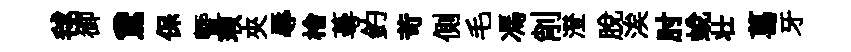
毬御鵞保曁瑕夾辱檜蕚釣苛側毛馮削澄脱涘肘蜕壮葛牙